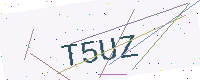
Text: T5UZ